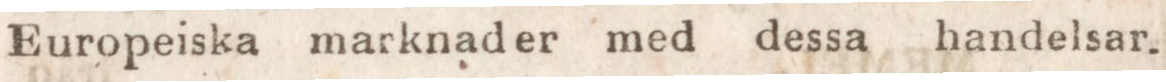
Europeiska marknader med dessa handelsar.